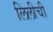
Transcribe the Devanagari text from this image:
लिलीची